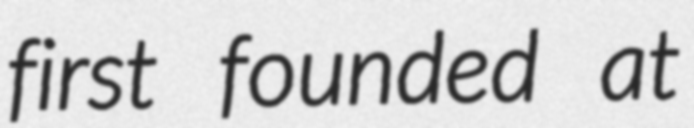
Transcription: first founded at